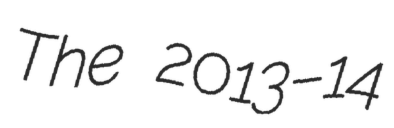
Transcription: The 2013–14